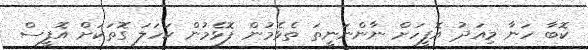
ކޮބާ ހަނާ މިއަދު އޮފީހަށް ނާންނަނީތަ ތެޅެމުން ފޮޅެމުން ކަހަލަ ގޮތަކަށް އޮފީސް